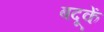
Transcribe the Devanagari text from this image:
बदूकें